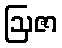
ဩဇာ